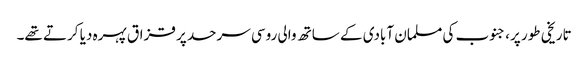
تاریخی طور پر، جنوب کی مسلمان آبادی کے ساتھ والی روسی سرحد پر قزاق پہرہ دیا کرتے تھے۔